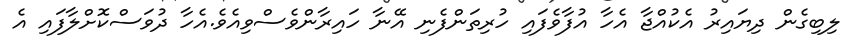
ލިބިގެން ދިޔައިރު އެކުއްޖާ އެހާ އުފާވެފައި ހުރިތަންފެނި އޭނާ ހައިރާންވެސްވިއެވެ.އެހާ ދުވަސްކޮށްލާފައި އެ